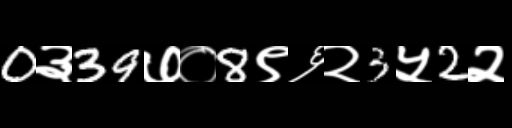
Text: 0३39७०8९६२3५2२